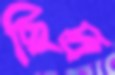
ছিদ্র